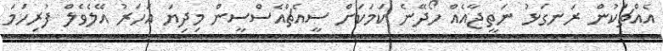
އެއްޗަކުން ރަނގަޅު ނަތީޖާއެއް ހޯދޭނެ ކަމަކަށް ސީއެޗްއެސްސީން މިދިޔަ އަހަރު އޭލެވެލް ފުރިހަމަ